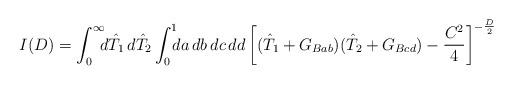
LaTeX: \begin{align*}I(D)=\int_0^{\infty}\!\!\! d\hat T_1\, d\hat T_2\int_0^1 \!\!\! da\, db\, dc\, dd\,{\biggl[(\hat T_1+G_{Bab})(\hat T_2+G_{Bcd})-{C^2\over 4}\biggr]}^{-{D\over 2}}\end{align*}